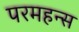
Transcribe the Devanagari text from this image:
परमहन्स